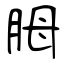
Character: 胟